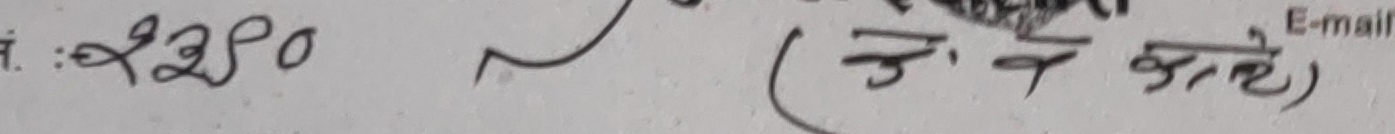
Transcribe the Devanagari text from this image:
सं: २२० ~ (ने.वे.का.) E-mail